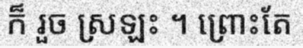
ក៏ រួច ស្រឡះ ។ ព្រោះតែ